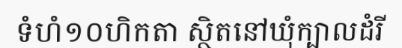
ទំហំ១០ហិកតា ស្ថិតនៅឃុំក្បាលដំរី